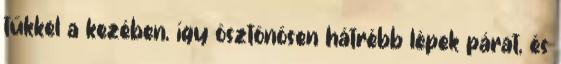
tűkkel a kezében, így ösztönösen hátrébb lépek párat, és